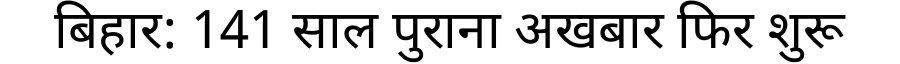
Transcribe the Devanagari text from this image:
बिहार: 141 साल पुराना अखबार फिर शुरू